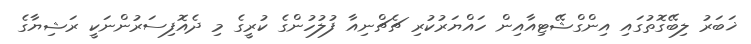
ޚަބަރު ލިބޭގޮތުގައި އިންގްޝޭޓިއާއިން ހައްޔަރުކުރި ޗެޗްނިއާ ފުލުހުންގެ ކުރީގެ މި ދެއޮފިސަރުންނަކީ ރަޝިޔާގެ